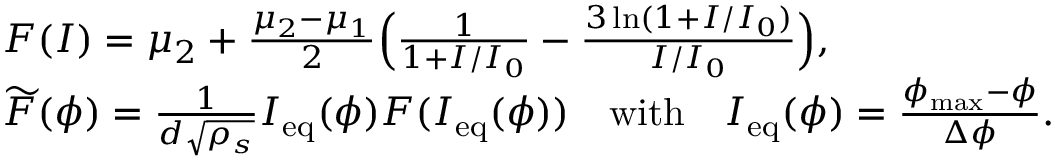
\begin{array} { r l } & { F ( I ) = \mu _ { 2 } + \frac { \mu _ { 2 } - \mu _ { 1 } } { 2 } \Big ( \frac { 1 } { 1 + I / I _ { 0 } } - \frac { 3 \ln ( 1 + I / I _ { 0 } ) } { I / I _ { 0 } } \Big ) , } \\ & { \widetilde { F } ( \phi ) = \frac { 1 } { d \sqrt { \rho _ { s } } } I _ { \mathrm { e q } } ( \phi ) F ( I _ { \mathrm { e q } } ( \phi ) ) \quad \mathrm { w i t h } \quad I _ { \mathrm { e q } } ( \phi ) = \frac { \phi _ { \mathrm { m a x } } - \phi } { \Delta \phi } . } \end{array}